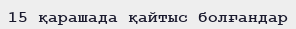
15 қарашада қайтыс болғандар